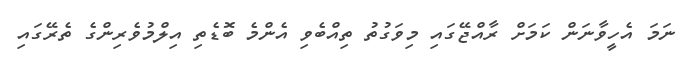
ނަމަ އެހީވާނަން ކަމަށް ރާއްޖޭގައި މިވަގުތު ތިއްބެވި އެންމެ ބޮޑެތި އިލްމުވެރިންގެ ތެރޭގައި